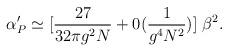
LaTeX: \begin{align*}\alpha_P'\simeq [ {27\over 32 \pi g^2 N}+ 0(\frac{1}{g^4 N^2})] \; { \beta^2}.\end{align*}